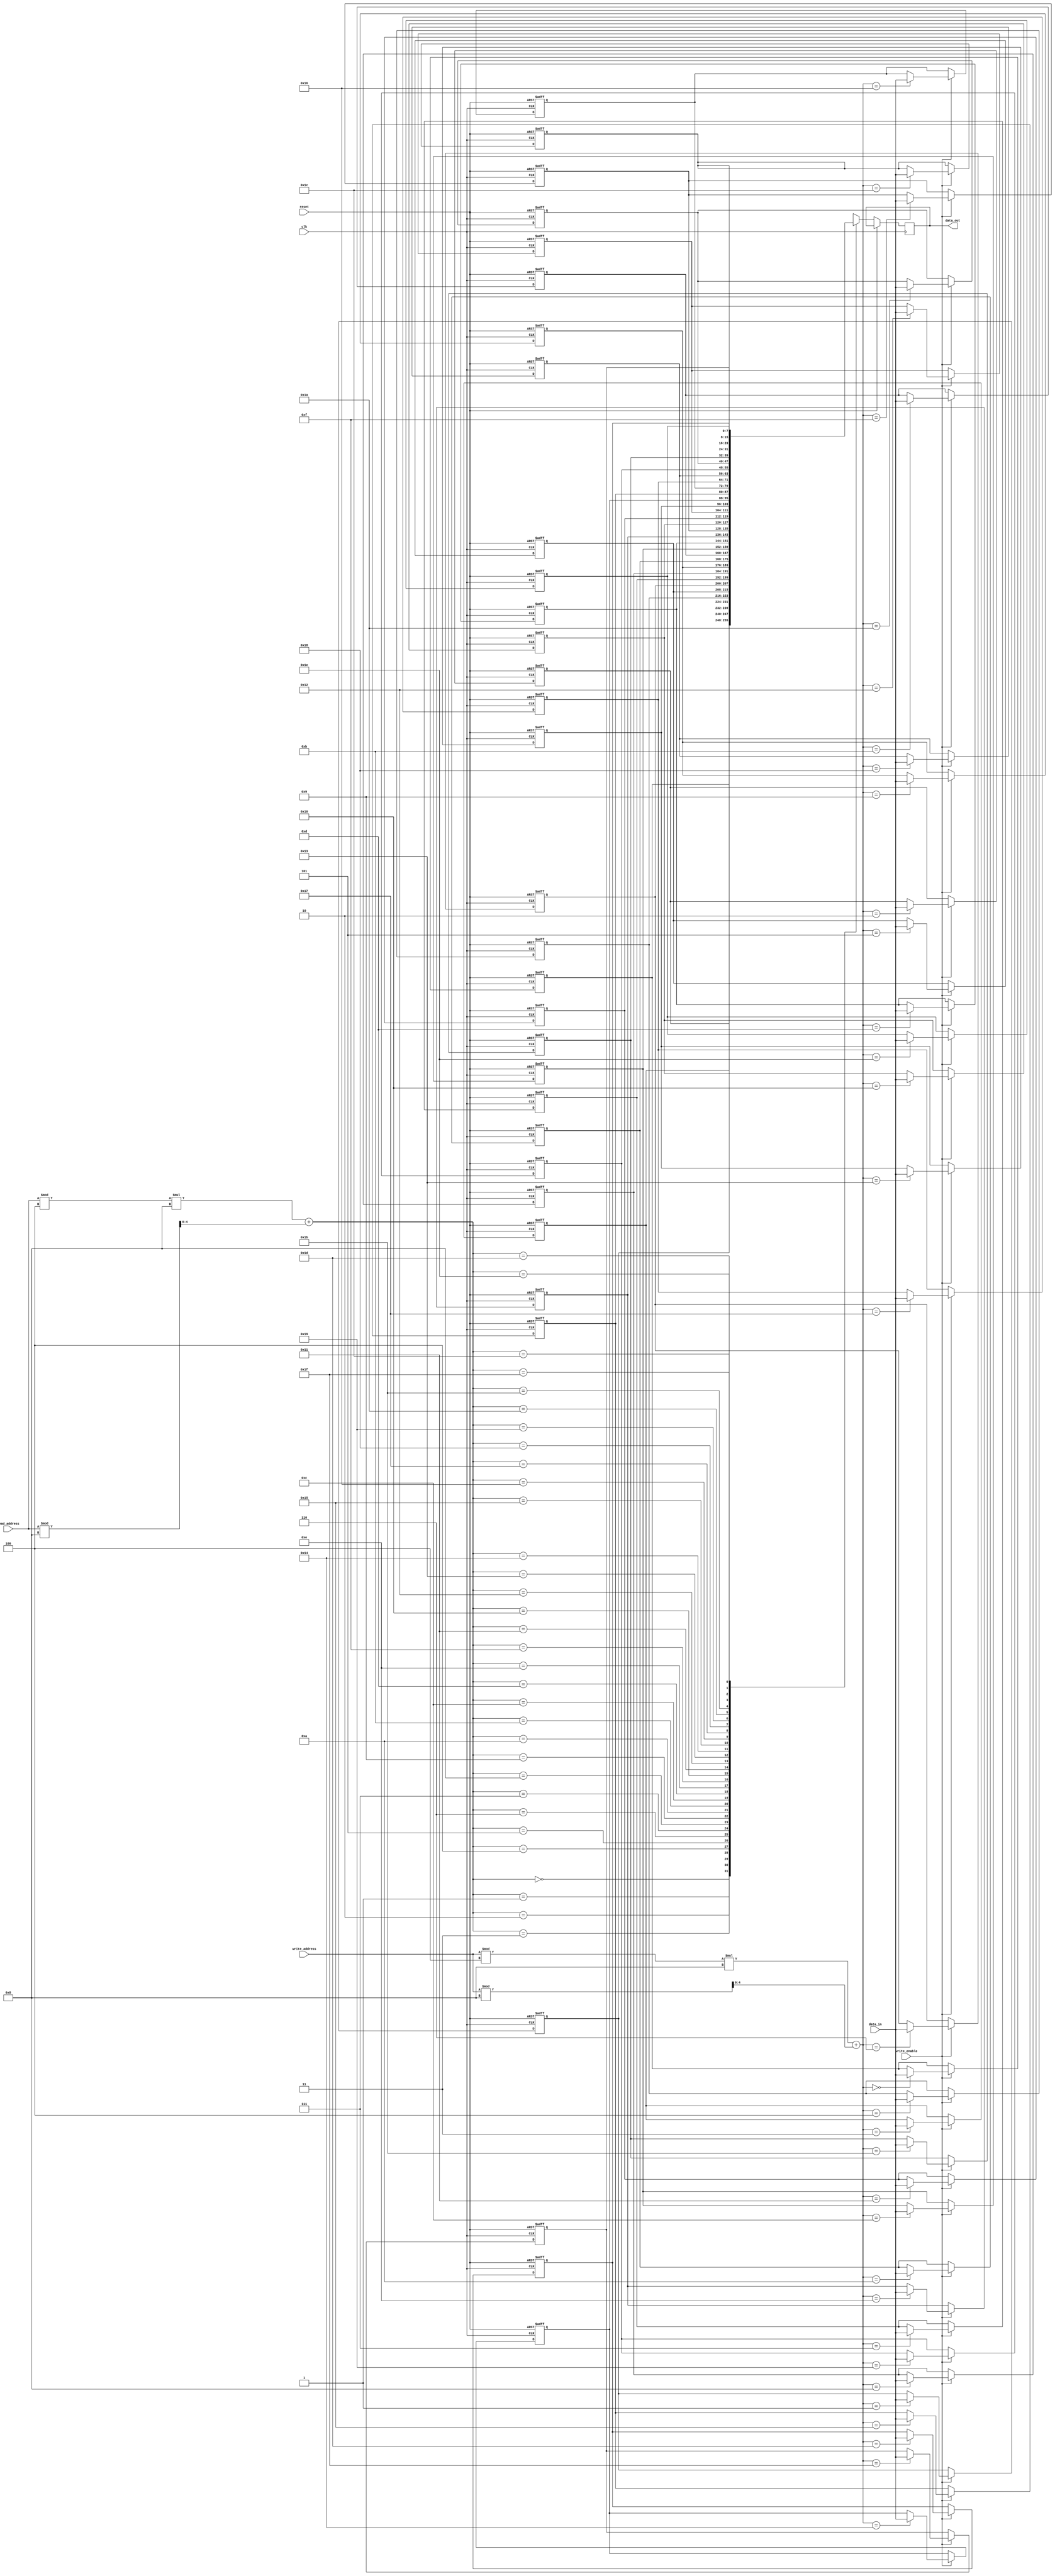
module Circular_Register_File (
  input wire clk,
  input wire reset,
  input wire write_enable,
  input wire [7:0] write_address,
  input wire [7:0] read_address,
  input wire [7:0] data_in,
  output reg [7:0] data_out
);

parameter NUM_BLOCKS = 4;
parameter NUM_REGISTERS = 8;

reg [7:0] mem [0:NUM_BLOCKS-1][0:NUM_REGISTERS-1];

integer block_index, reg_index;

always @(posedge clk or posedge reset) begin
  if (reset) begin
    for (block_index = 0; block_index < NUM_BLOCKS; block_index = block_index + 1) begin
      for (reg_index = 0; reg_index < NUM_REGISTERS; reg_index = reg_index + 1) begin
        mem[block_index][reg_index] <= 8'd0;
      end
    end
  end else begin
    if (write_enable) begin
      mem[write_address % NUM_BLOCKS][write_address % NUM_REGISTERS] <= data_in;
    end
    data_out <= mem[read_address % NUM_BLOCKS][read_address % NUM_REGISTERS];
  end
end

endmodule